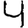
Digit: 4